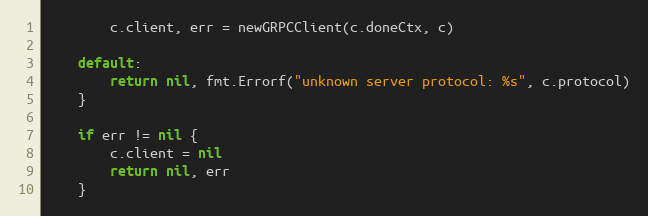
Language: Go
		c.client, err = newGRPCClient(c.doneCtx, c)

	default:
		return nil, fmt.Errorf("unknown server protocol: %s", c.protocol)
	}

	if err != nil {
		c.client = nil
		return nil, err
	}